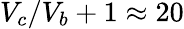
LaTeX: V_{c}/V_{b}+1\approx 20